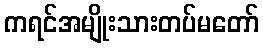
ကရင်အမျိုးသားတပ်မတော်